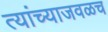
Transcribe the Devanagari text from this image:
त्यांच्याजवळच